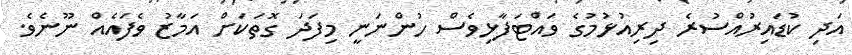
އަދި ކުޑައިރުއްސުރެ ދިރިއުޅުމުގެ ވައްޓަފާޅިވެސް ހުންނަނީ މިފަދަ ގޮތަކަށް އަމާޒު ވެފައެއް ނޫނެވެ.